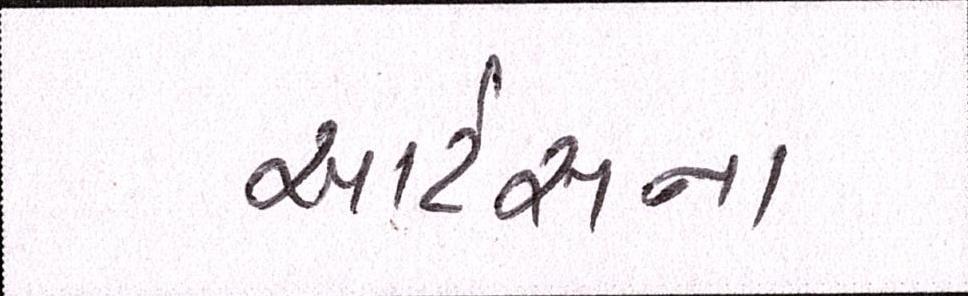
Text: આર્ટસના